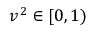
v ^ { 2 } \in [ 0 , 1 )